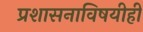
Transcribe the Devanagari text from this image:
प्रशासनाविषयीही